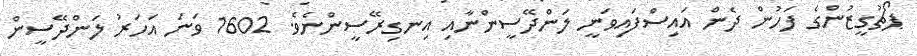
ޕޯޗުގީޒުންގެ ފަހުން ދެން އައިސްފައިވަނީ ލަންދޭސީންނާއި އިނގިރޭސީންނެވެ. 1602 ވަނަ އަހަރު ލަންދޭސީން